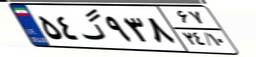
۵۴گ۹۳۸۶۷